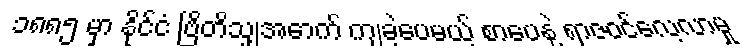
၁၈၈၅ မှာ နိုင်ငံ ဗြိတိသျှအောက် ကျခဲ့ပေမယ့် စာပေနဲ့ ရာဇဝင်လေ့လာမှု